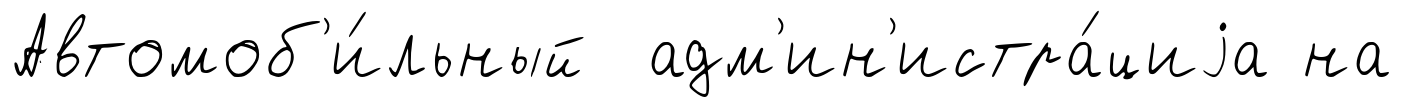
Автомоб'и́льный адм'ин'истра́циjа на